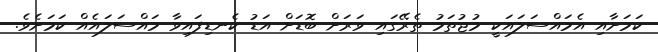
ކަމަށާއި އެމައްސަލައަކީ މުޖުތަމު ތެރޭގައި ވަރަށް ބޮޑަށް އަޑު ކެނޑިފައިވާ މައްސަލައެއް ކަމަށެވެ.